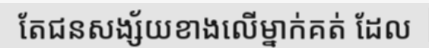
តែជនសង្ស័យខាងលើម្នាក់គត់ ដែល